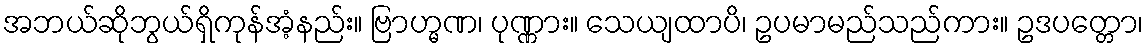
အဘယ်ဆိုဘွယ်ရှိကုန်အံ့နည်း။ ဗြာဟ္မဏ၊ ပုဏ္ဏား။ သေယျထာပိ၊ ဥပမာမည်သည်ကား။ ဥဒပတ္တော၊